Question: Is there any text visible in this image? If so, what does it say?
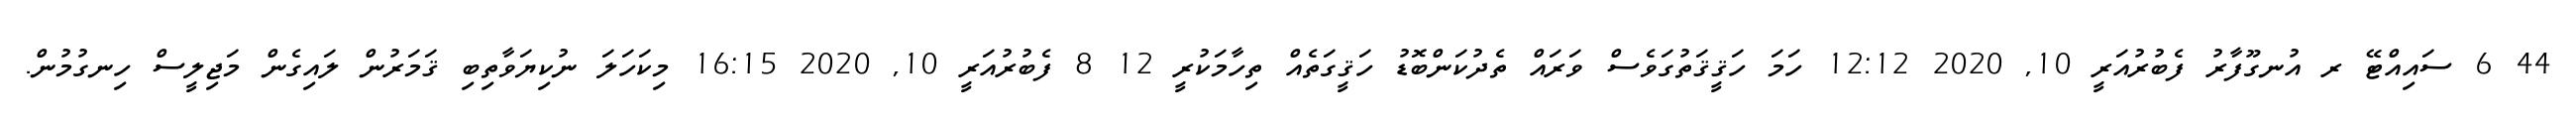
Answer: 44 6 ސައިއްޓޭ ރ އުނގޫފާރު ފެބުރުއަރީ 10, 2020 12:12 ހަމަ ހަޤީޤަތުގަވެސް ވަރައް ތެދުކަންބޮޑު ހަޤީގަތެއް ތިހާމަކުރީ 12 8 ފެބުރުއަރީ 10, 2020 16:15 މިކަހަލަ ނުކިޔަވާތިބި ޤަމަރުން ލައިގެން މަޖިލީސް ހިނގުމުން.